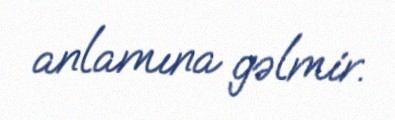
anlamına gəlmir.